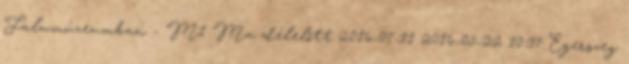
Falumúzeumban - M1 Ma délelőtt 2016-07-11 2016-05-22 10:37 Egerszeg